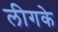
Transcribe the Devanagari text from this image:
लीगके